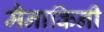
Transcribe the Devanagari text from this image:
मैनाकिनी